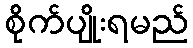
စိုက်ပျိုးရမည်